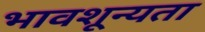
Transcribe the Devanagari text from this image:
भावशून्यता